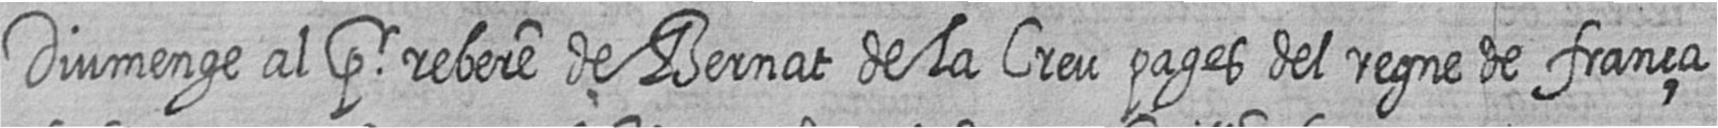
Diumenge al pr rebere de Bernat de la Creu pages del regne de frança